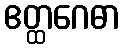
ဧတ္ထဂေဓာ